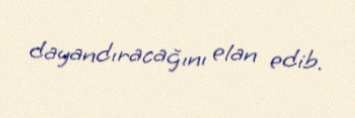
dayandıracağını elan edib.